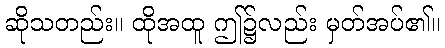
ဆိုသတည်း။ ထိုအထူ ဤ၌လည်း မှတ်အပ်၏။